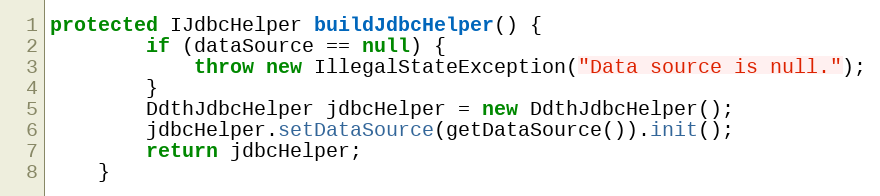
Language: Java
protected IJdbcHelper buildJdbcHelper() {
        if (dataSource == null) {
            throw new IllegalStateException("Data source is null.");
        }
        DdthJdbcHelper jdbcHelper = new DdthJdbcHelper();
        jdbcHelper.setDataSource(getDataSource()).init();
        return jdbcHelper;
    }